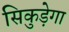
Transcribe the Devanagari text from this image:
सिकुड़ेगा